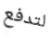
لتدفع